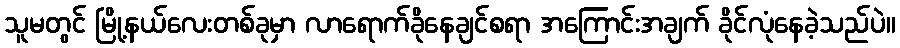
သူမတွင် မြို့နယ်လေးတစ်ခုမှာ လာရောက်ခိုနေချင်စရာ အကြောင်းအချက် ခိုင်လုံနေခဲ့သည်ပဲ။